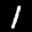
Label: 1